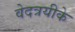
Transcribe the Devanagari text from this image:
वेदत्रयीके